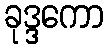
ခုဒ္ဒကော